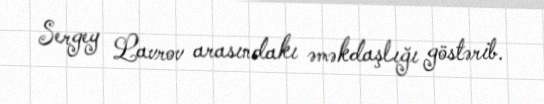
Sergey Lavrov arasındakı əməkdaşlığı göstərib.